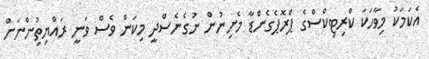
އެކަމަކު މިވާހަކަ ކްރިޓިކްސްގެ ޕްރޮޕެގެންޑާ މެށިނުން ނުގެނެސްދީ މިކަން ވެސް ވަނީ ރައްޔިތުިންނަށް